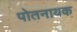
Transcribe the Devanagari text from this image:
पोतनायक